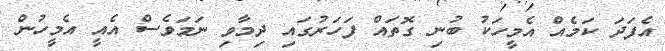
އެފަދަ ކަމެއް އެމީހަކު ބުނި ގޮތައް ފަހަރުގައި ދިމާވި ނަމަވެސް އެއީ އެމީހުން